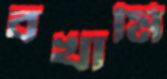
বখামি